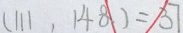
( 1 1 1 , 1 4 8 ) = 3 7